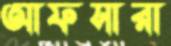
আফসারা